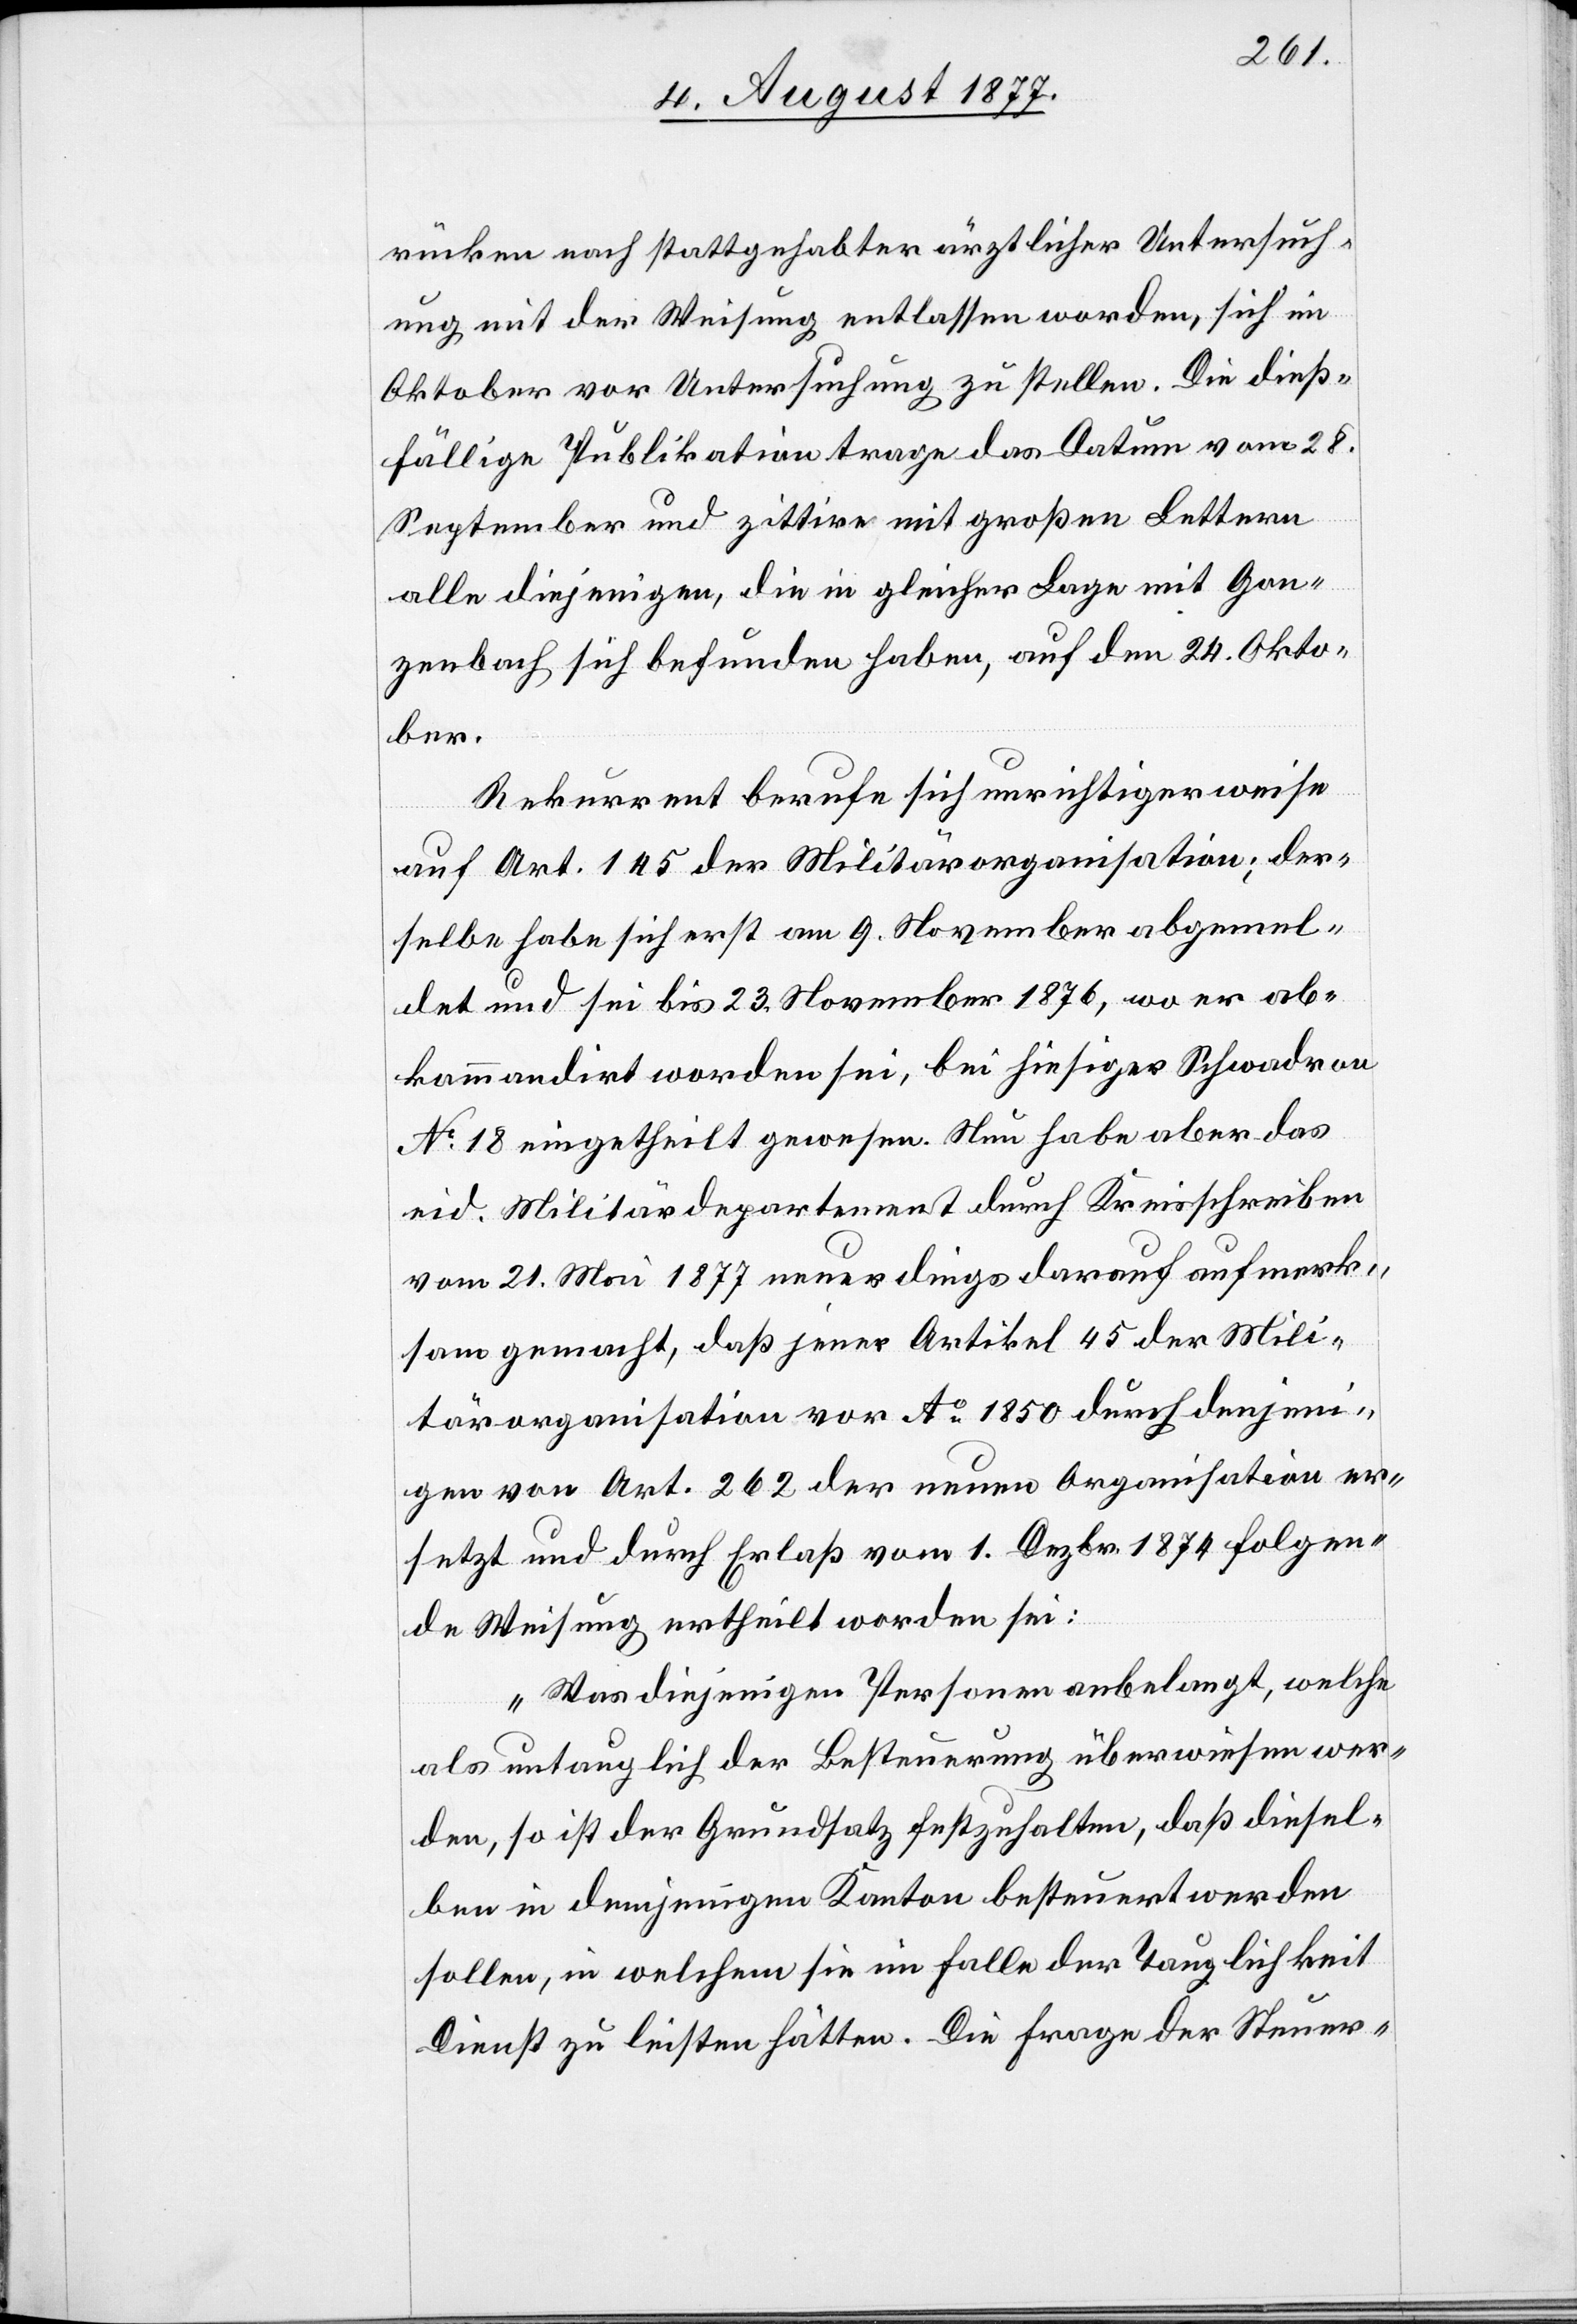
rücken nach stattgehabter ärztlicher Untersuch¬
ung mit der Weisung entlassen worden, sich im
Oktober vor Untersuchung zu stellen. Die dieß¬
fällige Publikation trage das Datum vom 28.
September und zittire mit großen Lettern
alle diejenigen, die in gleicher Lage mit Gon¬
zenbach sich befunden haben, auf den 24. Okto¬
ber.
Rekurrent berufe sich unrichtigerweise
auf Art. 145 der Militärorganisation; der¬
selbe habe sich erst am 9. November abgemel¬
det und sei bis 23. November 1876, wo er ab¬
kommandirt worden sei, bei hiesiger Schwadron
No 18 eingetheilt gewesen. Nun habe aber das
eid. Militärdepartement durch Kreisschreiben
vom 21. Mai 1877 neuerdings darauf aufmerk¬
sam gemacht, daß jener Artikel 45 [sic!] der Mili¬
tärorganisation vor Ao 1850 durch denjeni¬
gen von Art. 262 der neuen Organisation er¬
setzt und durch Erlaß vom 1. Dezbr. 1874 folgen¬
de Weisung ertheilt worden sei:
„Was diejenigen Personen anbelangt, welche
als untauglich der Besteuerung überwiesen wer¬
den, so ist der Grundsatz festzuhalten, daß diesel¬
ben in demjenigen Kanton besteuert werden
sollen, in welchem sie im Falle der Tauglichkeit
Dienst zu leisten hätten. Die Frage der Steuer-